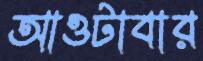
আওটাবার